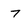
Character: 7